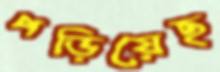
পড়িয়েছ